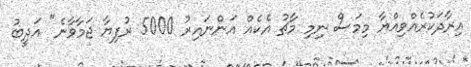
އިރާދަކުރެއްވިއްޔާ މިމަސް ނިމި މާޗު އެކެއް އަންނައިރު 5000 ރުފިޔާ ޖަމާވާނެ" އަދީބު